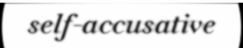
self-accusative